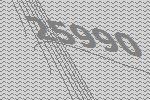
25990